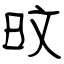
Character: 旼